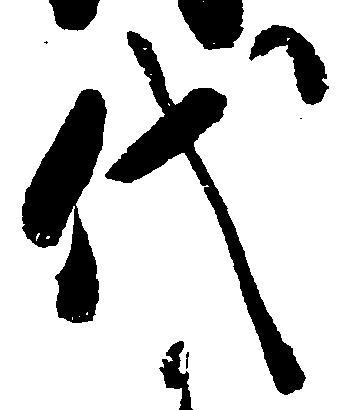
代